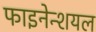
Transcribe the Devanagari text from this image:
फाइनेन्शयल